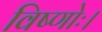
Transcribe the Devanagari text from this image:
विष्णोः।